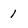
Character: 1